Insane asylums in Bengal annual reports 1867-1875 - 1867-1875
Year: 1867
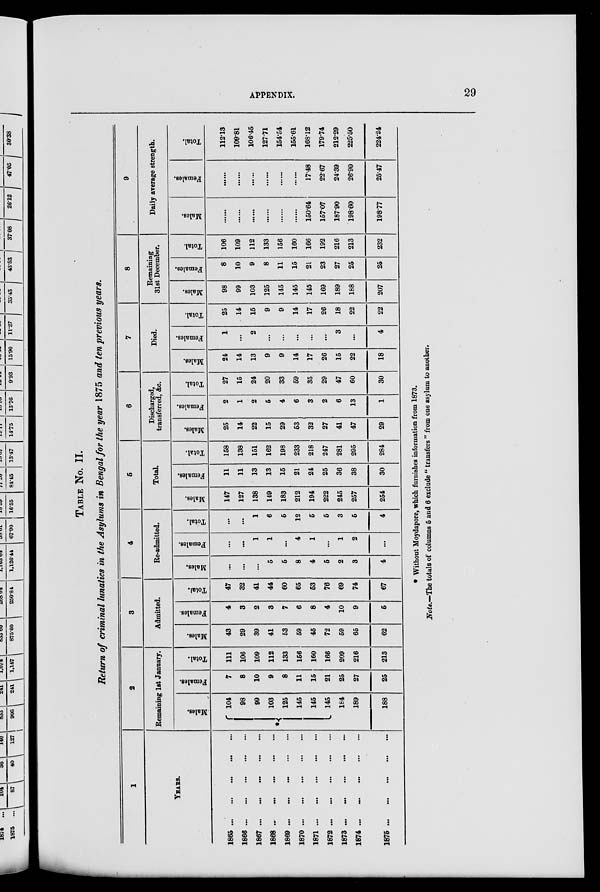
APPENDIX.
29
TABLE No. II.
Return of criminal lunatics in the Asylums in Bengal for the year 1875 and ten previous years.
1
YEARS.
1865 ... ... ... ... ...
1866 ... ... ... ... ...
1867 ...
...
...
...
...
1868
...
...
...
...
...
1869
...
...
...
...
...
1870 ...
...
...
...
...
1871 ...
...
...
...
...
1872 ...
...
...
...
...
1873
...
...
...
...
...
1874 ...
...
... ... ...
1875
...
...
...
...
...
2
Remaining 1st January.
Males.
*
104
98
99
103
125
145
145
145
184
189
188
Females.
7
8
10
9
8
11
15
21
25
27
25
Total.
111
106
109
112
133
156
160
166
209
216
213
3
Admitted.
Males.
43
29
39
41
53
59
45
72
59
65
62
Females.
4
3
2
3
7
6
8
4
10
9
5
Total.
47
32
41
44
60
65
53
76
69
74
67
4
Re-admitted.
Males.
...
...
...
5
5
8
4
5
2
3
4
Females.
...
...
1
1
...
4
1
...
1
2
...
Total.
...
...
1
6
5
12
5
5
3
5
4
5
Total.
Males.
147
127
138
149
183
212
194
222
245
257
254
Females.
11
11
13
13
15
21
24
25
36
38
30
Total.
158
138
151
162
198
233
218
247
281
295
284
6
Discharged,
transferred, &c.
Males.
25
14
22
15
29
53
32
27
41
47
29
Females.
2
1
2
5
4
6
3
2
6
13
1
Total.
27
15
24
20
33
59
35
29
47
60
30
7
Died.
Males.
24
14
13
9
9
14
17
26
15
22
18
Females.
1
...
2
...
...
...
...
...
3
...
4
Total.
25
14
15
9
9
14
17
26
18
22
22
8
Remaining
31st December.
Males.
98
99
103
125
145
145
145
169
189
188
207
Females.
8
10
9
8
11
15
21
23
27
25
25
Total.
106
109
112
133
156
160
166
192
216
213
232
9
Daily average strength.
Males.
......
......
......
......
......
......
150.64
157.07
187.90
198.60
198.77
Females.
......
......
......
......
......
......
17.48
22.67
24.39
26.90
25.47
Total.
112.13
109.81
106.45
127.71
154.54
155.61
168.12
179.74
212.29
225.50
224.24
* Without Moydapore, which furnishes information from 1873.
Note.—The totals of columns 5 and 6 exclude "transfers" from one asylum to another.